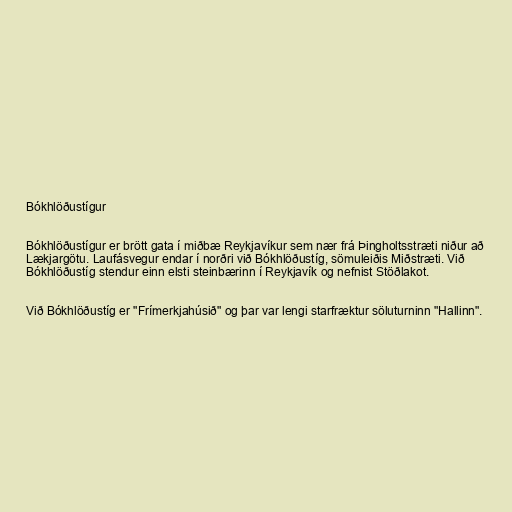
Bókhlöðustígur

Bókhlöðustígur er brött gata í miðbæ Reykjavíkur sem nær frá Þingholtsstræti niður að
Lækjargötu. Laufásvegur endar í norðri við Bókhlöðustíg, sömuleiðis Miðstræti. Við
Bókhlöðustíg stendur einn elsti steinbærinn í Reykjavík og nefnist Stöðlakot.

Við Bókhlöðustíg er "Frímerkjahúsið" og þar var lengi starfræktur söluturninn "Hallinn".